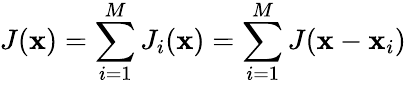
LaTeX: J({\mathbf x})=\sum_{i=1}^{M}J_{i}({\mathbf x})=\sum_{i=1}^{M}J({\mathbf x}-{\mathbf x_{i}})